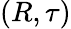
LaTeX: (R,\tau)